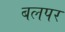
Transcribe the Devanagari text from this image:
बलपर